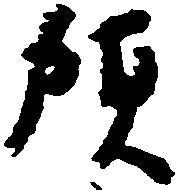
預